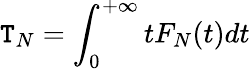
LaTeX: \mathtt{T}_{N}=\int_{0}^{+\infty}tF_{N}(t)dt